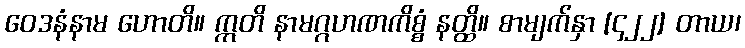
ဝေဒနံနာမ ဟောတိ။ ဣတိ နာမဂ္ဂဟဏကိစ္စံ နတ္ထိ။ စာမျက်နှာ [၄၂၂] တာယ၊